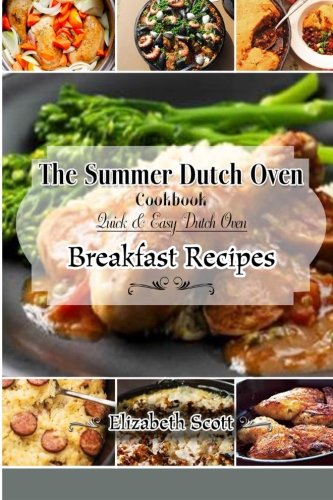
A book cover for The Summer DutchOven Cookbook: Amazing Dutch Oven Breakfast Recipes To Save You Time & Money; Elizabeth Scott; Cookbooks, Food & Wine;